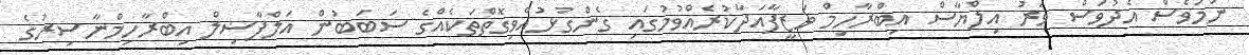
ނަމަވެސް އެދުވަސް ވަރު އިލްޔާސް އިބްރާހިމް ވަޒީފާއަދާކުރެއްވުމުގައި ގެންގުޅުއްވިގޮތްތަކެއްގެ ސަބަބުން އަލްފާޟިލް އިބްރާހިމްނާސިރުގެ